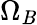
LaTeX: \Omega_{\mathit{B}}